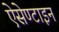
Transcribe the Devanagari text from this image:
ऐसेण्टाइन